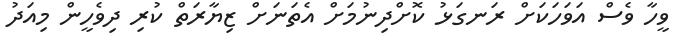
ވީހާ ވެސް އަވަހަކަށް ރަނގަޅު ކޮށްދިނުމަށް އެތަނަށް ޒިޔާރަތް ކުރި ދިވެހީން މިއަދު